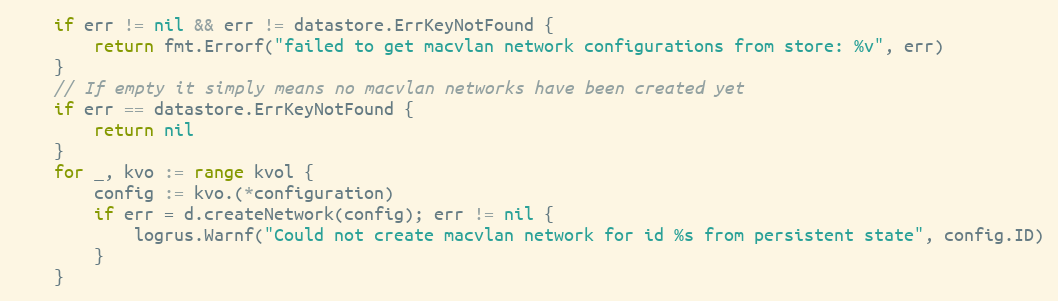
Language: Go
	if err != nil && err != datastore.ErrKeyNotFound {
		return fmt.Errorf("failed to get macvlan network configurations from store: %v", err)
	}
	// If empty it simply means no macvlan networks have been created yet
	if err == datastore.ErrKeyNotFound {
		return nil
	}
	for _, kvo := range kvol {
		config := kvo.(*configuration)
		if err = d.createNetwork(config); err != nil {
			logrus.Warnf("Could not create macvlan network for id %s from persistent state", config.ID)
		}
	}